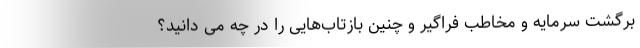
برگشت سرمایه و مخاطب فراگیر و چنین بازتاب‌هایی را در چه می دانید؟